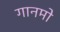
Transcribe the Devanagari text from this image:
गानमो